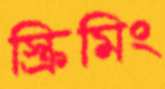
স্ক্রিমিং